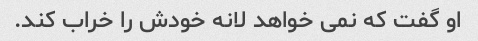
او گفت که نمی خواهد لانه خودش را خراب کند.